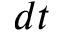
d t